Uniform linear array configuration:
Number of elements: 48
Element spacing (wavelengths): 0.75
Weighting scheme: hamming
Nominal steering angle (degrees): -45
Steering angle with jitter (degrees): -46.551
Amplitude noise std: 0.05
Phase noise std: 0.05

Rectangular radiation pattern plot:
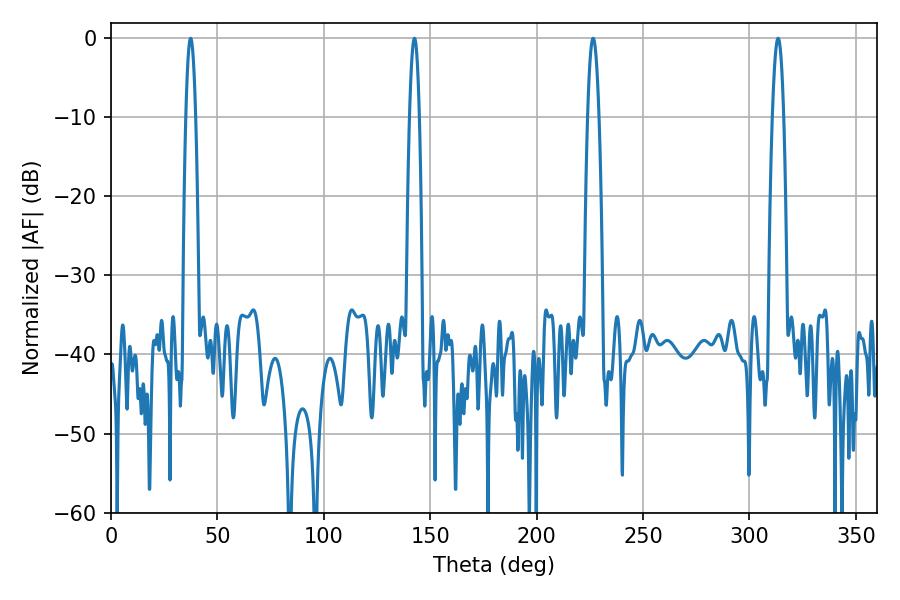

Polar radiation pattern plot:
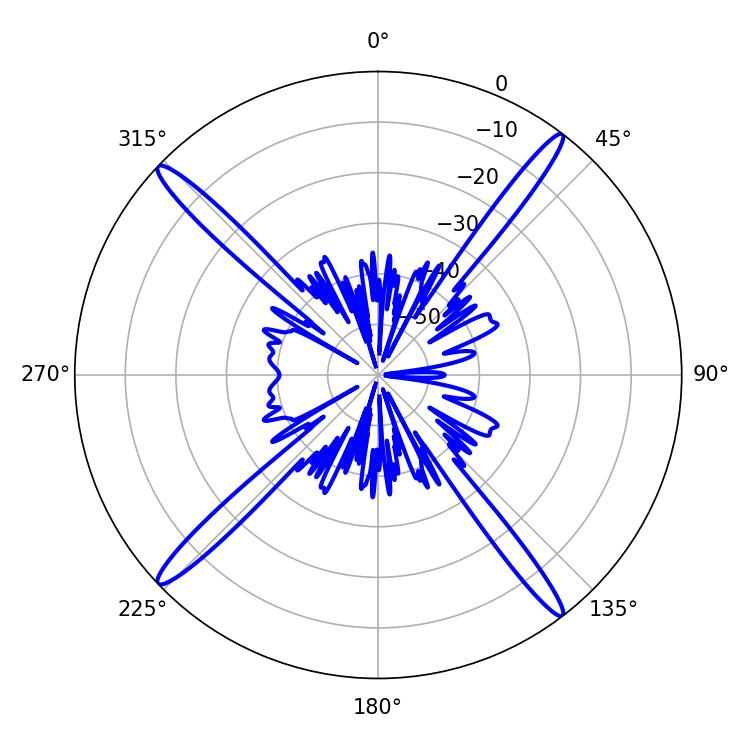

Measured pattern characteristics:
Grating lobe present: TRUE
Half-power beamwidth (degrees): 2.52
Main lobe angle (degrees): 142.56